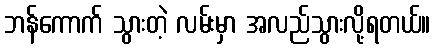
ဘန်ကောက် သွားတဲ့ လမ်းမှာ အလည်သွားလို့ရတယ်။